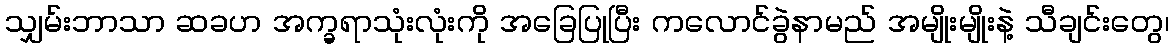
သျှမ်းဘာသာ ဆခဟ အက္ခရာသုံးလုံးကို အခြေပြုပြီး ကလောင်ခွဲနာမည် အမျိုးမျိုးနဲ့ သီချင်းတွေ၊